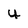
Character: u